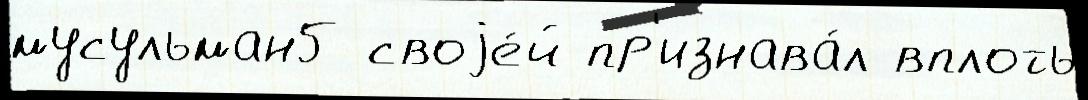
мусульман5 своjе́й пр'изнава́л вплоть